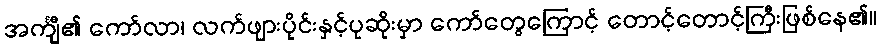
အင်္ကျီ၏ ကော်လာ၊ လက်ဖျားပိုင်းနှင့်ပုဆိုးမှာ ကော်တွေကြောင့် တောင့်တောင့်ကြီးဖြစ်နေ၏။